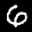
Label: 6